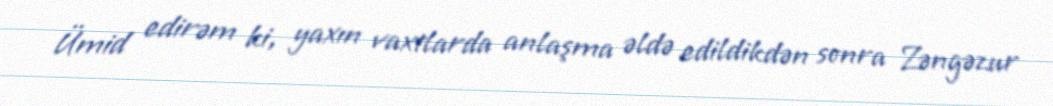
Ümid edirəm ki, yaxın vaxtlarda anlaşma əldə edildikdən sonra Zəngəzur